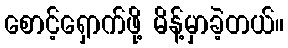
စောင့်ရှောက်ဖို့ မိန့်မှာခဲ့တယ်။